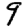
Digit: 9